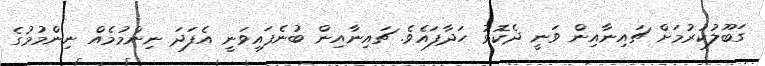
ގަބޫލުކުރުމަށް ޗައިނާއިން ވަނީ ދެކޮޅު ހަދާފައެވެ. ޗައިނާއިން ބުނެފައިވަނީ އެފަދަ ނިންމުމެއް ނިންމުމުގެ